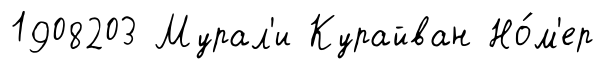
1908203 Мурал'и Курайван Но́м'ер